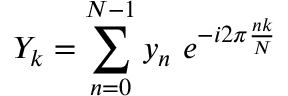
Y _ { k } = \sum _ { n = 0 } ^ { N - 1 } y _ { n } \ e ^ { - i 2 \pi { \frac { n k } { N } } }